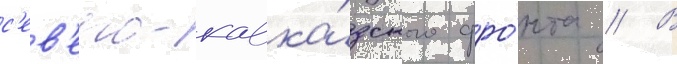
с'ев'еро-кавка́зского фро́нта // В